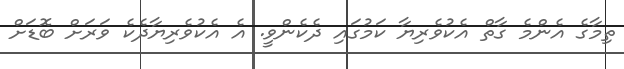
ތިމާގެ އެންމެ ގާތް އެކުވެރިޔާ ކަމުގައި ދެކެންވީ. އެ އެކުވެރިޔާދެކެ ވަރަށް ބޮޑަށް